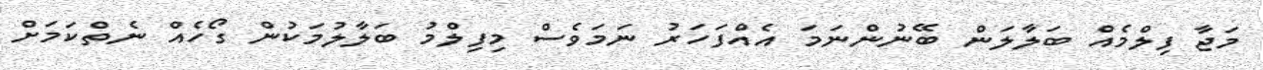
މަޖާ ފިލްމެއް ބަލާލަން ބޭނުންނަމަ އެއްފަހަރު ނަމަވެސް މިފިލްމު ބަލާލުމަކުން ގޯހެއް ނެތްކަމަށް